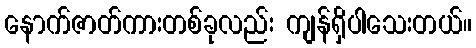
နောက်ဇာတ်ကားတစ်ခုလည်း ကျန်ရှိပါသေးတယ်။